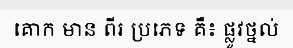
គោក មាន ពីរ ប្រភេទ គឺ៖ ផ្លូវថ្នល់